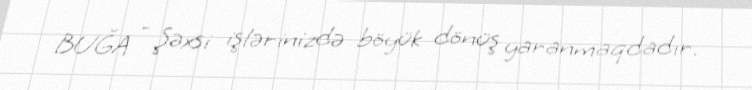
BUĞA - Şəxsi işlərinizdə böyük dönüş yaranmaqdadır.